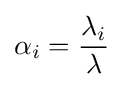
\alpha _{i}={\frac {\lambda _{i}}{\lambda }}